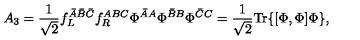
A _ { 3 } = \frac { 1 } { \sqrt { 2 } } f _ { L } ^ { \bar { A } \bar { B } \bar { C } } f _ { R } ^ { A B C } \Phi ^ { \bar { A } A } \Phi ^ { \bar { B } B } \Phi ^ { \bar { C } C } = \frac { 1 } { \sqrt { 2 } } \mathrm { T r } \{ [ \Phi , \Phi ] \Phi \} ,